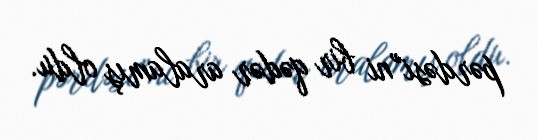
pərdəsi”ni bir qədər aralamış oldu.